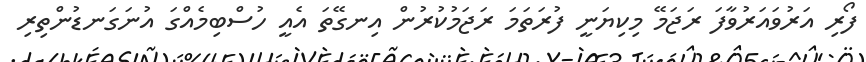
ފޯރި އަރުވައަރުވާފަ ރަޖަމޭ މިކިޔަނީ ފުރަތަމަ ރަޖަމުކުރުން އިނގޭތަ އެއީ ހުސްބިމެއްގަ އުނަގަނޑުންތިރި